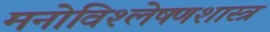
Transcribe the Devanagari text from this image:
मनोविश्लेषणशास्त्र